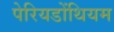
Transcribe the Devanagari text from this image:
पेरियडोंथियम